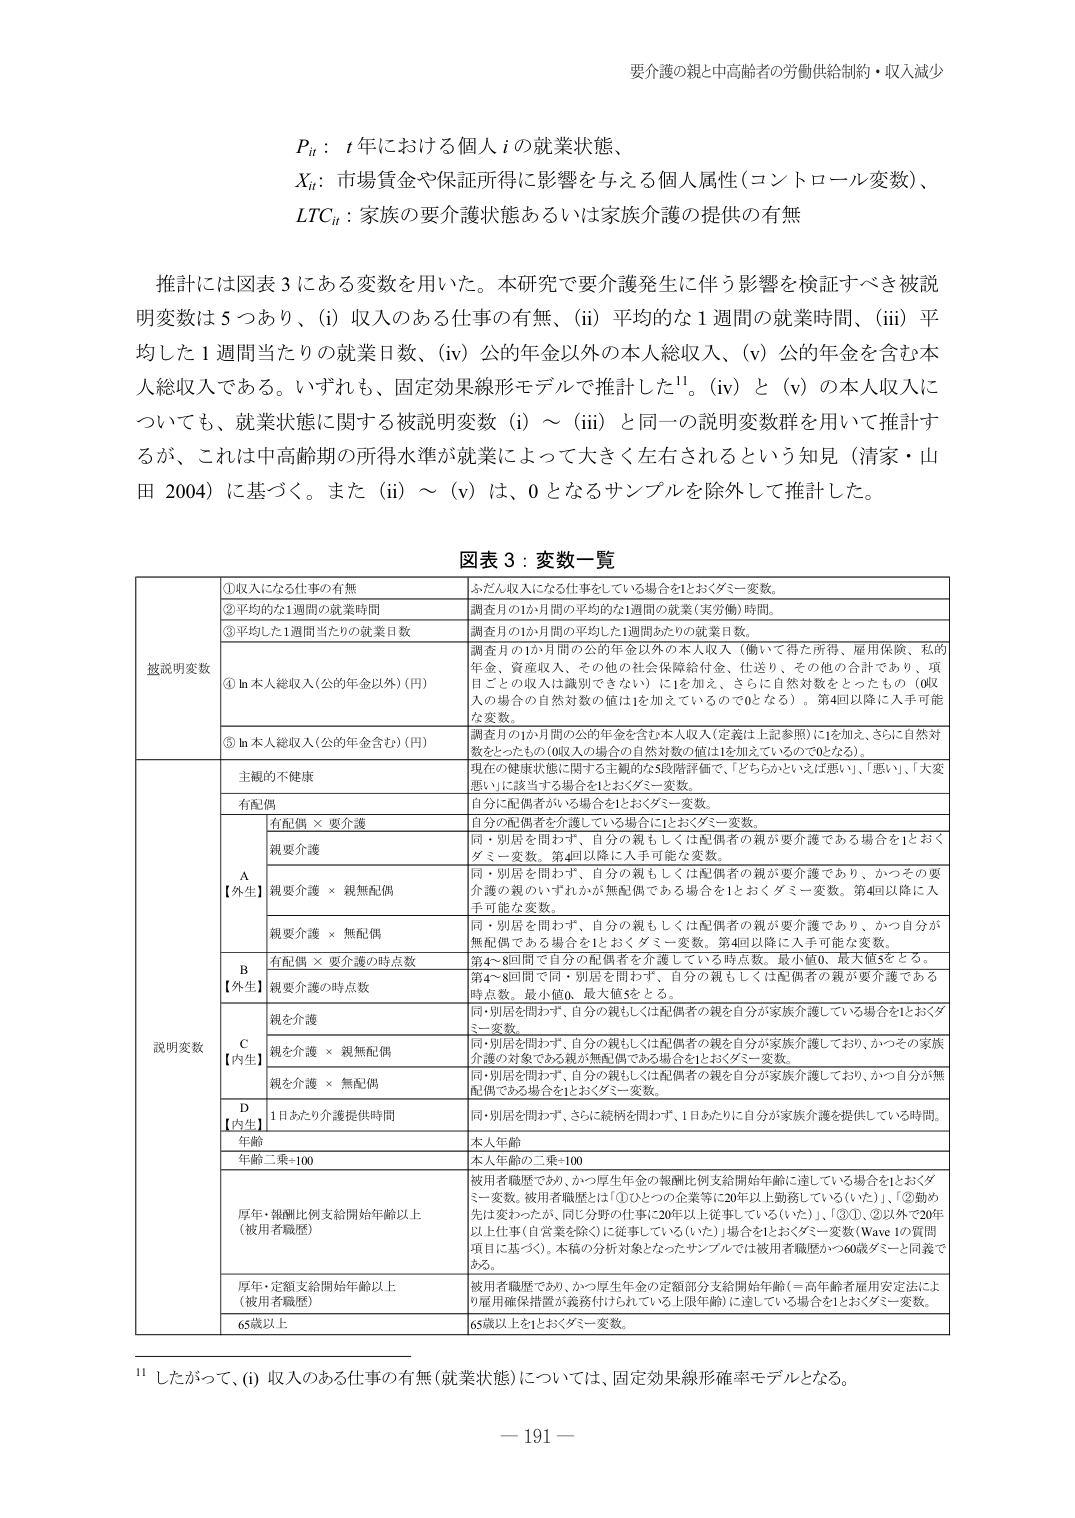
要介護の親と中高齢者の労働供給制約・収入減少

Pit：t 年における個人 i の就業状態、
Xit：市場賃金や保証所得に影響を与える個人属性（コントロール変数）、
LTCit：家族の要介護状態あるいは家族介護の提供の有無

推計には図表 3 にある変数を用いた。本研究で要介護発生に伴う影響を検証すべき被説明変数は 5 つあり、(i) 収入のある仕事の有無、(ii) 平均的な 1 週間の就業時間、(iii) 平均した 1 週間当たりの就業日数、(iv) 公的年金以外の本人総収入、(v) 公的年金を含む本人総収入である。いずれも、固定効果線形モデルで推計した11。(iv) と (v) の本人収入についても、就業状態に関する被説明変数 (i) ～ (iii) と同一の説明変数群を用いて推計するが、これは中高齢期の所得水準が就業によって大きく左右されるという知見（清家・山田 2004）に基づく。また (ii) ～ (v) は、0 となるサンプルを除外して推計した。

図表 3：変数一覧

被説明変数
①収入になる仕事の有無　　ふだん収入になる仕事をしている場合を1とおくダミー変数。
②平均的な1週間の就業時間　調査月の1か月間の平均的な1週間の就業（実労働）時間。
③平均した1週間当たりの就業日数　調査月の1か月間の平均した1週間あたりの就業日数。
④ ln 本人総収入（公的年金以外）（円）　調査月の1か月間の公的年金以外の本人収入（働いて得た所得、雇用保険、私的年金、資産収入、その他の社会保障給付金、仕送り、その他の合計であり、項目ごとの収入は識別できない）に1を加え、さらに自然対数をとったもの（0収入の場合の自然対数の値は1を加えているので0となる）。第4回以降に入手可能な変数。
⑤ ln 本人総収入（公的年金含む）（円）　調査月の1か月間の公的年金を含む本人収入（定義は上記参照）に1を加え、さらに自然対数をとったもの（0収入の場合の自然対数の値は1を加えているので0となる）。

説明変数
主観的不健康　　現在の健康状態に関する主観的な5段階評価で、「どちらかといえば悪い」、「悪い」、「大変悪い」に該当する場合を1とおくダミー変数。
有配偶　　自分に配偶者がいる場合を1とおくダミー変数。
A【外生】
有配偶 × 要介護　　自分の配偶者を介護している場合に1とおくダミー変数。
親要介護　　同・別居を問わず、自分の親もしくは配偶者の親が要介護である場合を1とおくダミー変数。第4回以降に入手可能な変数。
親要介護 × 親無配偶　　同・別居を問わず、自分の親もしくは配偶者の親が要介護であり、かつその要介護の親のいずれかが無配偶である場合を1とおくダミー変数。第4回以降に入手可能な変数。
親要介護 × 無配偶　　同・別居を問わず、自分の親もしくは配偶者の親が要介護であり、かつ自分が無配偶である場合を1とおくダミー変数。第4回以降に入手可能な変数。
B【外生】
有配偶 × 要介護の時点数　　第4～8回間で自分の配偶者を介護している時点数。最小値0、最大値5をとる。
親要介護の時点数　　第4～8回間で同・別居を問わず、自分の親もしくは配偶者の親が要介護である時点数。最小値0、最大値5をとる。
C【内生】
親を介護　　同・別居を問わず、自分の親もしくは配偶者の親を自分が家族介護している場合を1とおくダミー変数。
親を介護 × 親無配偶　　同・別居を問わず、自分の親もしくは配偶者の親を自分が家族介護しており、かつその家族介護の対象である親が無配偶である場合を1とおくダミー変数。
親を介護 × 無配偶　　同・別居を問わず、自分の親もしくは配偶者の親を自分が家族介護しており、かつ自分が無配偶である場合を1とおくダミー変数。
D【内生】
1日あたり介護提供時間　　同・別居を問わず、さらに続柄を問わず、1日あたりに自分が家族介護を提供している時間。
年齢　　本人年齢
年齢二乗÷100　　本人年齢の二乗÷100
厚年・報酬比例支給開始年齢以上（被用者職歴）　　被用者職歴であり、かつ厚生年金の報酬比例支給開始年齢に達している場合を1とおくダミー変数。被用者職歴とは「①ひとつの企業等に20年以上勤務している（いた）」、「②勤め先は変わったが、同じ分野の仕事に20年以上従事している（いた）」、「③①、②以外で20年以上仕事（自営業を除く）に従事している（いた）」場合を1とおくダミー変数（Wave 1の質問項目に基づく）。本稿の分析対象となったサンプルでは被用者職歴かつ60歳ダミーと同義である。
厚年・定額支給開始年齢以上（被用者職歴）　　被用者職歴であり、かつ厚生年金の定額部分支給開始年齢（＝高年齢者雇用安定法により雇用確保措置が義務付けられている上限年齢）に達している場合を1とおくダミー変数。
65歳以上　　65歳以上を1とおくダミー変数。

11 したがって、(i) 収入のある仕事の有無（就業状態）については、固定効果線形確率モデルとなる。

－ 191 －